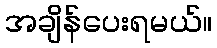
အချိန်ပေးရမယ်။